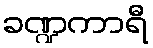
ခဏ္ဍကာရီ